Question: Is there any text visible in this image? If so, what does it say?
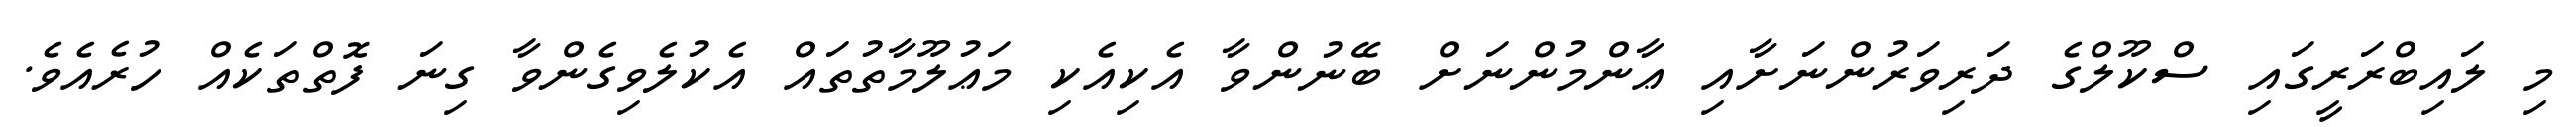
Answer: މި ލައިބްރަރީގައި ސްކޫލްގެ ދަރިވަރުންނަށާއި ޢާންމުންނަށް ބޭނުންވާ އެކިއެކި މަޢުލޫމާތުތައް އެކުލެވިގެންވާ ގިނަ ފޮތްތަކެއް ހުރެއެވެ.